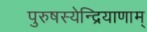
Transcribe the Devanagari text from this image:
पुरुषस्येन्द्रियाणाम्